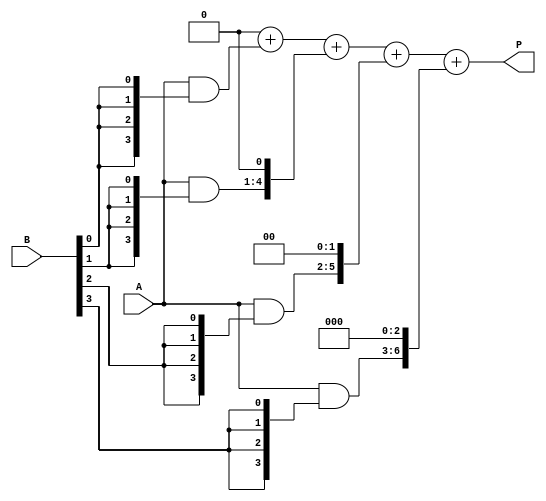
module array_multiplier #(parameter A_WIDTH = 4, B_WIDTH = 4) (
    input [A_WIDTH-1:0] A,
    input [B_WIDTH-1:0] B,
    output reg [A_WIDTH + B_WIDTH - 1:0] P
);

    // Partial Products
    wire [A_WIDTH-1:0] pp[B_WIDTH-1:0]; // Array of partial products

    // Generate Partial Products
    genvar i;
    generate
        for (i = 0; i < B_WIDTH; i = i + 1) begin: partial_product_gen
            assign pp[i] = A & {A_WIDTH{B[i]}}; // AND A with the i-th bit of B
        end
    endgenerate

    // Sum the Partial Products
    integer j;
    always @(*) begin
        P = 0; // Initialize product to 0
        for (j = 0; j < B_WIDTH; j = j + 1) begin
            P = P + (pp[j] << j); // Shift and add each partial product
        end
    end

endmodule